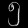
Digit: ၅